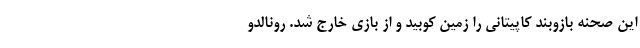
این صحنه بازوبند کاپیتانی را زمین کوبید و از بازی خارج شد. رونالدو